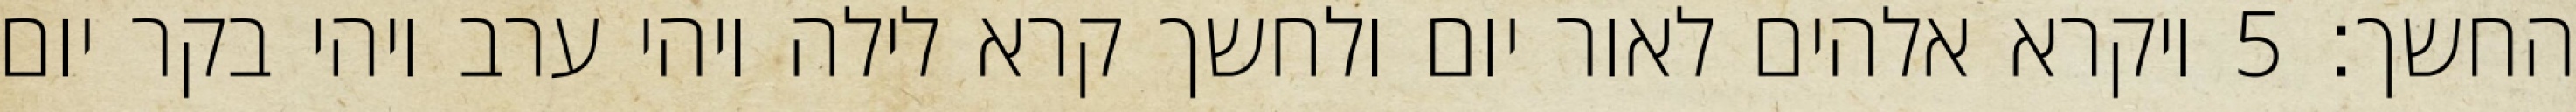
החשך׃ ‎5‏ ויקרא אלהים לאור יום ולחשך קרא לילה ויהי ערב ויהי בקר יום